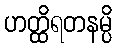
ဟတ္ထိရတနမ္ပိ